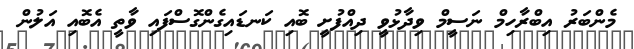
މެންބަރު އިބްރާހިމް ނަސީމް ވިދާޅުވީ ދިއްފުށީ ބޮއި ކަނޑައިގެންގޮސްފައި ވާތީ އެބޮއި އަލުން